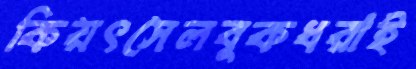
কিয়ৎসেলবুকধরাই